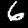
Digit: 6